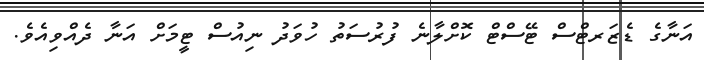
އަނާގެ ޑެޒަރޓްސް ޓޭސްޓް ކޮށްލާނެ ފުރުސަތު ހުވަދު ނިއުސް ޓީމަށް އަނާ ދެއްވިއެވެ.